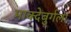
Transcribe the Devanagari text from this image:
माक्देबुर्गला